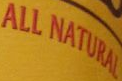
ALL NATURAL